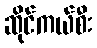
ဆိုင်ကယ်စီး